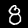
Digit: 8